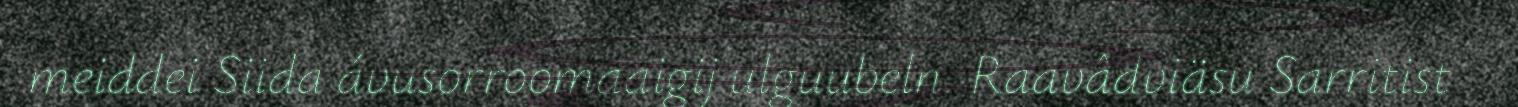
meiddei Siida ávusorroomaaigij ulguubeln. Raavâdviäsu Sarritist